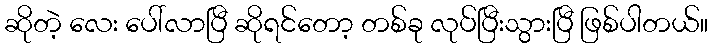
ဆိုတဲ့ လေး ပေါ်လာပြီ ဆိုရင်တော့ တစ်ခု လုပ်ပြီးသွားပြီ ဖြစ်ပါတယ်။